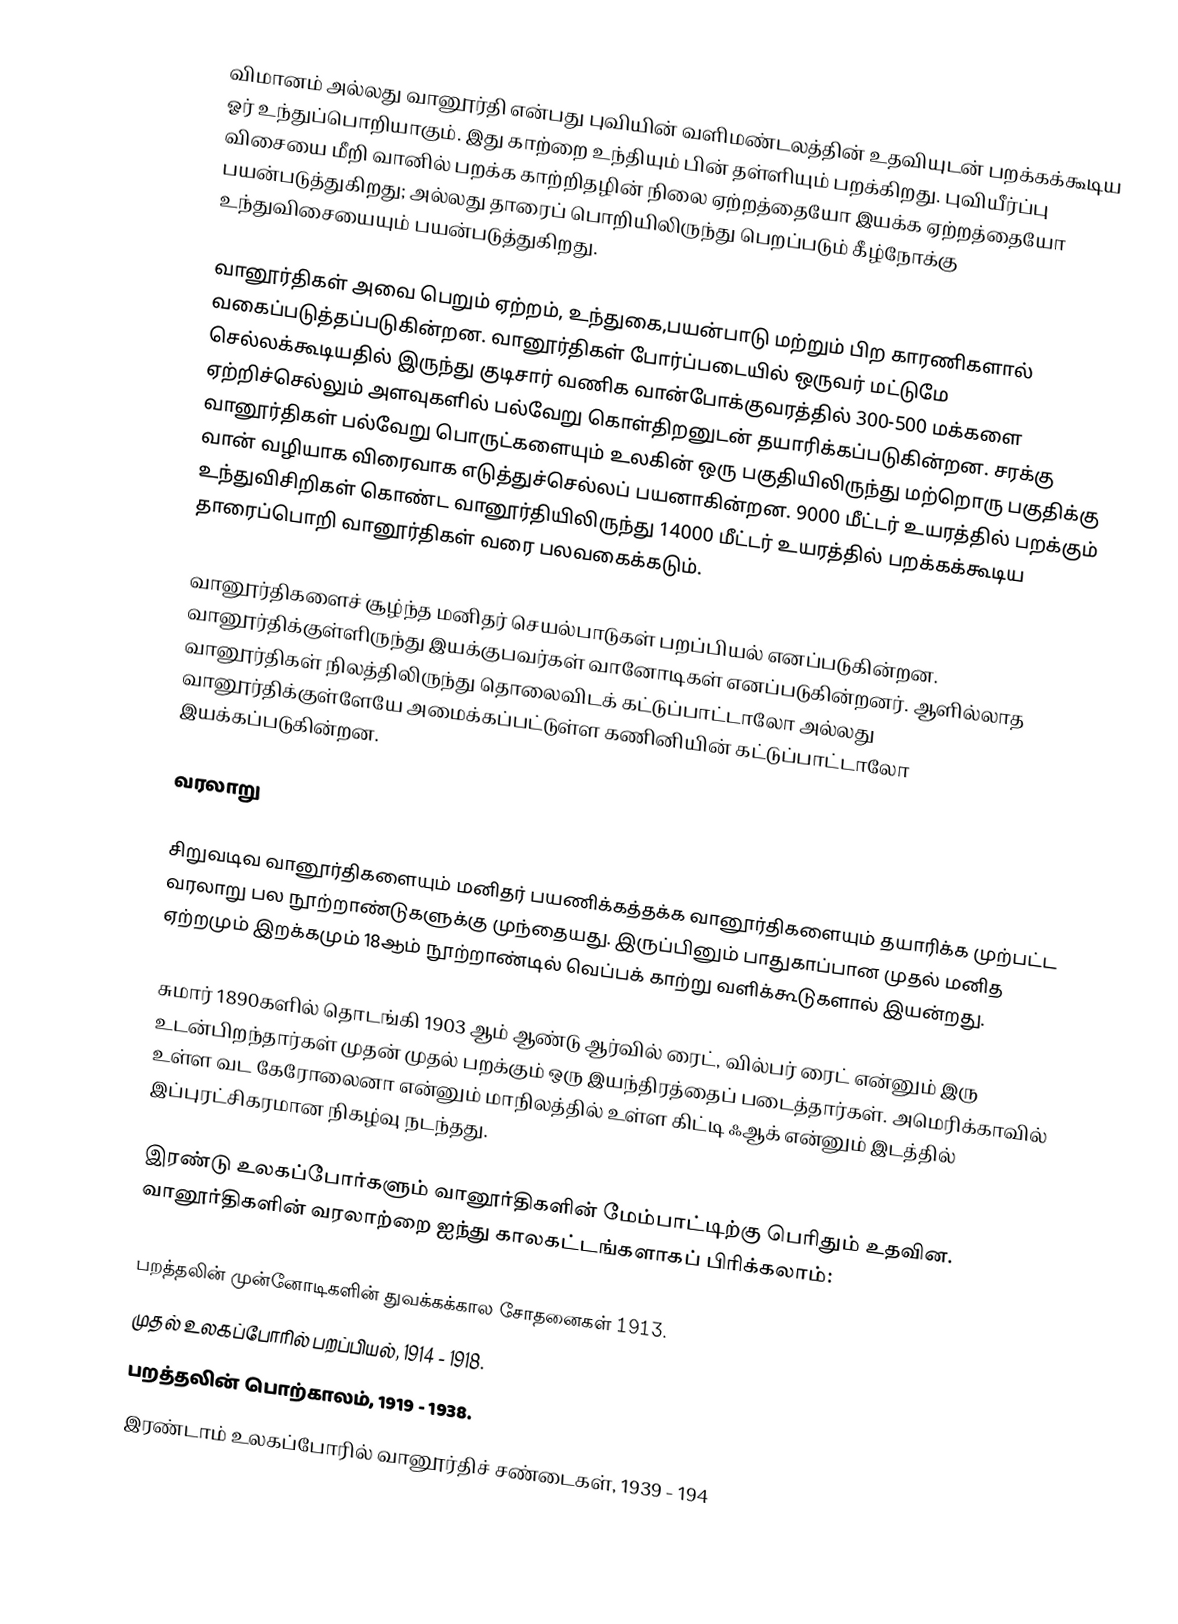
விமானம் அல்லது வானூர்தி என்பது புவியின் வளிமண்டலத்தின் உதவியுடன் பறக்கக்கூடிய ஓர் உந்துப்பொறியாகும். இது காற்றை உந்தியும் பின் தள்ளியும் பறக்கிறது. புவியீர்ப்பு விசையை மீறி வானில் பறக்க காற்றிதழின் நிலை ஏற்றத்தையோ இயக்க ஏற்றத்தையோ பயன்படுத்துகிறது; அல்லது தாரைப் பொறியிலிருந்து பெறப்படும் கீழ்நோக்கு உந்துவிசையையும் பயன்படுத்துகிறது.

வானூர்திகள் அவை பெறும் ஏற்றம், உந்துகை,பயன்பாடு மற்றும் பிற காரணிகளால் வகைப்படுத்தப்படுகின்றன. வானூர்திகள் போர்ப்படையில் ஒருவர் மட்டுமே செல்லக்கூடியதில் இருந்து  குடிசார் வணிக வான்போக்குவரத்தில் 300-500 மக்களை ஏற்றிச்செல்லும் அளவுகளில் பல்வேறு கொள்திறனுடன் தயாரிக்கப்படுகின்றன. சரக்கு வானூர்திகள் பல்வேறு பொருட்களையும் உலகின் ஒரு பகுதியிலிருந்து மற்றொரு பகுதிக்கு வான் வழியாக விரைவாக எடுத்துச்செல்லப் பயனாகின்றன. 9000 மீட்டர் உயரத்தில் பறக்கும் உந்துவிசிறிகள் கொண்ட வானூர்தியிலிருந்து 14000 மீட்டர் உயரத்தில் பறக்கக்கூடிய தாரைப்பொறி வானூர்திகள் வரை பலவகைக்கடும்.

வானூர்திகளைச் சூழ்ந்த மனிதர் செயல்பாடுகள் பறப்பியல் எனப்படுகின்றன. வானூர்திக்குள்ளிருந்து இயக்குபவர்கள்  வானோடிகள் எனப்படுகின்றனர். ஆளில்லாத வானூர்திகள் நிலத்திலிருந்து தொலைவிடக் கட்டுப்பாட்டாலோ  அல்லது வானூர்திக்குள்ளேயே அமைக்கப்பட்டுள்ள கணினியின் கட்டுப்பாட்டாலோ இயக்கப்படுகின்றன.

வரலாறு

சிறுவடிவ வானூர்திகளையும் மனிதர் பயணிக்கத்தக்க வானூர்திகளையும் தயாரிக்க முற்பட்ட வரலாறு பல நூற்றாண்டுகளுக்கு முந்தையது. இருப்பினும் பாதுகாப்பான முதல் மனித ஏற்றமும் இறக்கமும் 18ஆம் நூற்றாண்டில் வெப்பக் காற்று வளிக்கூடுகளால் இயன்றது.

சுமார் 1890களில் தொடங்கி 1903 ஆம் ஆண்டு ஆர்வில் ரைட்,  வில்பர் ரைட்  என்னும் இரு உடன்பிறந்தார்கள் முதன் முதல் பறக்கும் ஒரு இயந்திரத்தைப் படைத்தார்கள். அமெரிக்காவில் உள்ள வட கேரோலைனா  என்னும் மாநிலத்தில் உள்ள கிட்டி ஃஆக்  என்னும் இடத்தில் இப்புரட்சிகரமான நிகழ்வு நடந்தது.

இரண்டு உலகப்போர்களும் வானூர்திகளின் மேம்பாட்டிற்கு பெரிதும் உதவின. வானூர்திகளின் வரலாற்றை ஐந்து காலகட்டங்களாகப் பிரிக்கலாம்:

பறத்தலின் முன்னோடிகளின் துவக்கக்கால சோதனைகள் 1913.
முதல் உலகப்போரில் பறப்பியல், 1914 - 1918.
பறத்தலின் பொற்காலம், 1919 - 1938.
இரண்டாம் உலகப்போரில் வானூர்திச் சண்டைகள், 1939 - 194